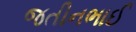
જતીનભાઈ